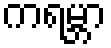
ကရမ္ဘာ